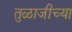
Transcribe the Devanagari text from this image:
तुळाजीच्या